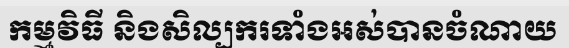
កម្មវិធី និងសិល្បករទាំងអស់បានចំណាយ